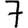
Digit: 7